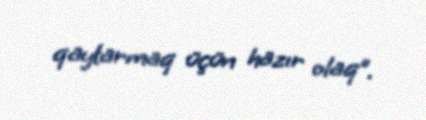
qaytarmaq üçün hazır olaq”.